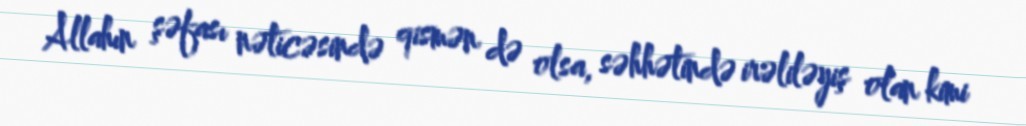
Allahın şəfası nəticəsində qismən də olsa, səhhətində irəliləyiş olan kimi